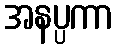
အနပ္ပကာ